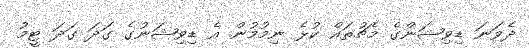
ދެވަނަ ޑިވިޝަންގެ މެޗުތައް ކުޅެ ނިމުމުން އެ ޑިވިޝަނުގެ ގަދަ ގަދަ ޓީމު